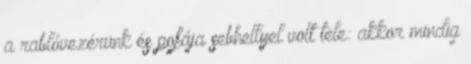
a rablóvezérünk és pofája sebhellyel volt tele: akkor mindig